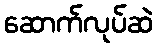
ဆောက်လုပ်ဆဲ